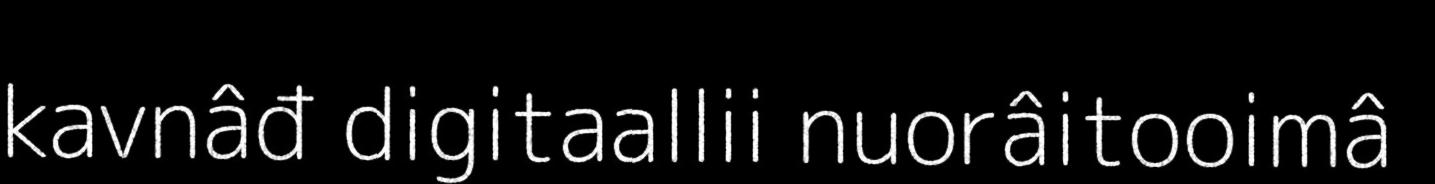
kavnâđ digitaallii nuorâitooimâ